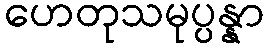
ဟေတုသမုပ္ပန္နာ